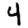
Digit: 4